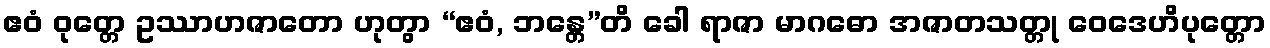
ဧဝံ ဝုတ္တေ ဥဿာဟဇာတော ဟုတွာ “ဧဝံ, ဘန္တေ”တိ ခေါ ရာဇာ မာဂဓော အဇာတသတ္တု ဝေဒေဟိပုတ္တော